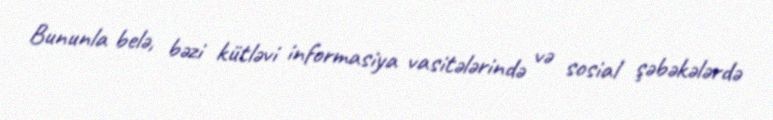
Bununla belə, bəzi kütləvi informasiya vasitələrində və sosial şəbəkələrdə